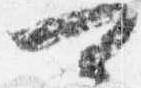
可